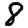
Digit: 8